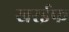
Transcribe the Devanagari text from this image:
खरईफ